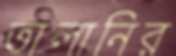
তালানির